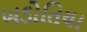
ખડોતિયા